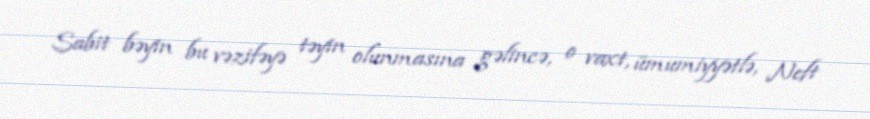
Sabit bəyin bu vəzifəyə təyin olunmasına gəlincə, o vaxt, ümumiyyətlə, Neft